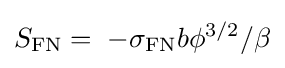
S_{\mathrm {FN} }=\;-\sigma _{\mathrm {FN} }b{\phi }^{3/2}/\beta